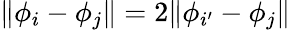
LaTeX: \| \phi_{i}-\phi_{j}\| =2\| \phi_{i^{\prime}}-\phi_{j}\|